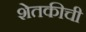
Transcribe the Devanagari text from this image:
शेतकीची